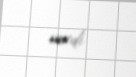
verdi.